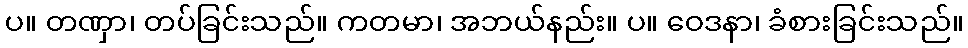
ပ။ တဏှာ၊ တပ်ခြင်းသည်။ ကတမာ၊ အဘယ်နည်း။ ပ။ ဝေဒနာ၊ ခံစားခြင်းသည်။